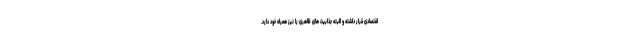
اقتصادی قرار داشته و البته جذابیت های ظاهری را نیز همراه خود دارد.